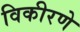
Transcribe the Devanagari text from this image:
विकीरणे